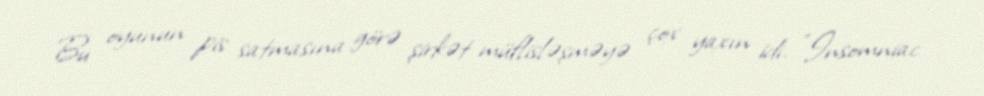
Bu oyunun pis satmasına görə şirkət müflisləşməyə çox yaxın idi. "Insomniac